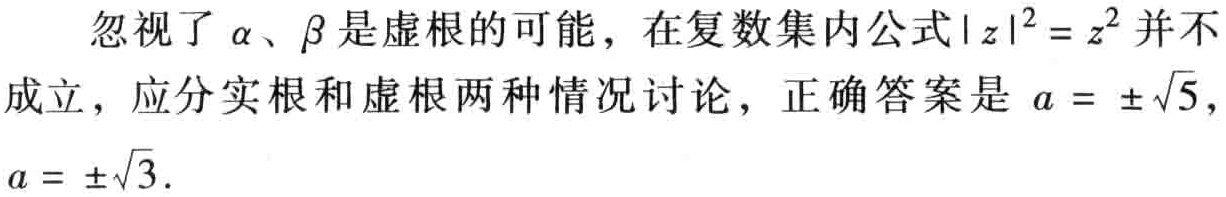
忽视了\(\alpha\)、\(\beta\)是虚根的可能，在复数集内公式\(\vert z\vert^{2} = z^{2}\)并不成立，应分实根和虚根两种情况讨论，正确答案是 \(a = \pm\sqrt{5}\)，\(a = \pm\sqrt{3}\)。